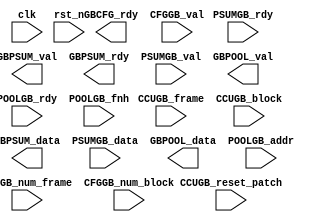
// This is a simple example.
// You can make a your own header file and set its path to settings.
// (Preferences > Package Settings > Verilog Gadget > Settings - User)
//
//    "header": "Packages/Verilog Gadget/template/verilog_header.v"
//
// -----------------------------------------------------------------------------
// Copyright (c) 2014-2020 All rights reserved
// -----------------------------------------------------------------------------
// Create : 2020-07-10 08:51:21
// Revise : 2020-07-10 08:51:21
// Editor : sublime text3, tab size (2)
// -----------------------------------------------------------------------------
module GB_PSUM #(
    parameter NUM_PEB       = 32,
    parameter PSUM_WIDTH    = 32,
    parameter ADDR_WIDTH    = 8,
    parameter PSUMBUS_WIDTH = PSUM_WIDTH*16
  )(
    input                               clk             ,
    input                               rst_n           ,

    output                              GBCFG_rdy       , // level
    input                               CFGGB_val       , // level
    input [6                    -1 : 0] CFGGB_num_frame ,
    input [6                    -1 : 0] CFGGB_num_block ,

    input                               CCUGB_reset_patch,
    input [6                    -1 : 0] CCUGB_frame     ,
    input [6                    -1 : 0] CCUGB_block     ,

    // PEs read psum
    input [3*NUM_PEB            -1 : 0] PSUMGB_rdy      , // 3*32 = 96
    output[3*NUM_PEB            -1 : 0] GBPSUM_val      ,
    output[PSUMBUS_WIDTH        -1 : 0] GBPSUM_data     , // send psum to PE Array

    // PEs write psum
    output[3*NUM_PEB            -1 : 0] GBPSUM_rdy      ,
    input [3*NUM_PEB            -1 : 0] PSUMGB_val      ,
    input [PSUMBUS_WIDTH*3*NUM_PEB-1:0] PSUMGB_data     , // recieve psum from PE Array


    // POOL read psum
    output[PSUM_WIDTH*NUM_PEB   -1 : 0] GBPOOL_data     ,
    input [ADDR_WIDTH           -1 : 0] POOLGB_addr     ,
    output                              GBPOOL_val      ,
    input                               POOLGB_rdy      ,

    input                               POOLGB_fnh       // paulse

  );







endmodule